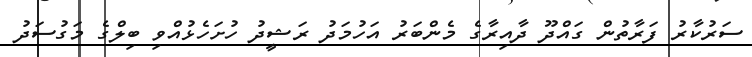
ސަރުކާރު ފަރާތުން ގައްދޫ ދާއިރާގެ މެންބަރު އަހުމަދު ރަޝީދު ހުށަހެޅުއްވި ބިލްގެ މަގުސަދު